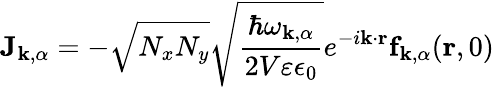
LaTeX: \mathbf{J}_{\mathbf{k},\alpha}=-\sqrt{N_{x}N_{y}}\sqrt{\frac{\hbar\omega_{\mathbf{k},\alpha}}{2V\varepsilon\epsilon_{0}}}e^{-i\mathbf{k}\cdot\mathbf{r}}\mathbf{f}_{\mathbf{k},\alpha}(\mathbf{r},0)